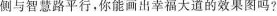
侧与智慧路平行，你能画出幸福大道的效果图吗?